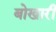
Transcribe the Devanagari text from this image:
बोखारी